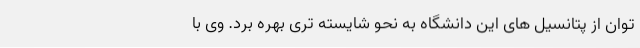
توان از پتانسیل های این دانشگاه به نحو شایسته تری بهره برد. وی با